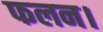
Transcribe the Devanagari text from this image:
फलन।